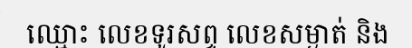
ឈ្មោះ លេខទូរសព្ទ លេខសម្ងាត់ និង